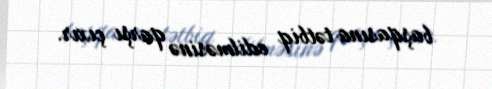
başqasına tətbiq edilməsinə qarşı çıxır.